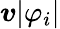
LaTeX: \boldsymbol{v}\vert\varphi_{i}\vert